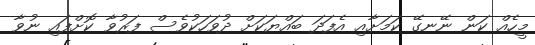
މީހެއް ކަން ނޭނގޭ ކަމަށާއި އެފަދަ ބައްޔަކަށް ދުވަހަކުވެސް ފަރުވާ ކޮށްފައި ނުވާ